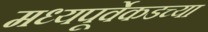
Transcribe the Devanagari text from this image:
मध्यपूर्वेकडच्या